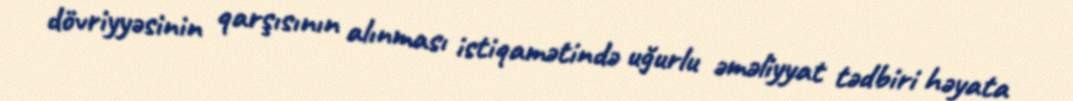
dövriyyəsinin qarşısının alınması istiqamətində uğurlu əməliyyat tədbiri həyata